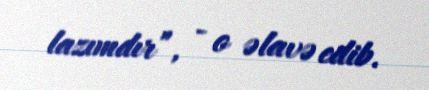
lazımdır”, - o əlavə edib.